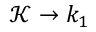
\mathcal { K } \rightarrow k _ { 1 }